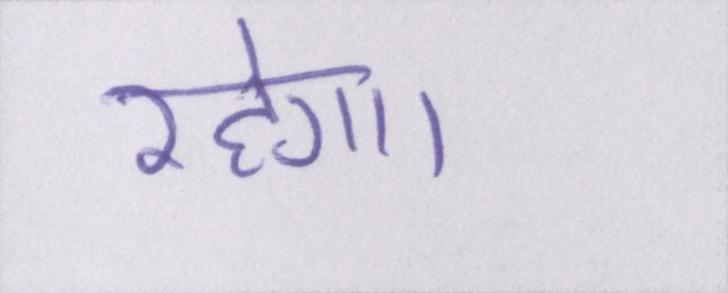
रहेगा।